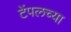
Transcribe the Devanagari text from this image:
टेंपलच्या